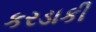
કરડાકી